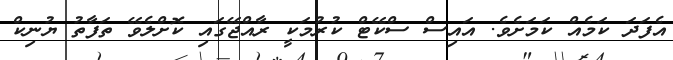
އެފަދަ ކަމެއް ކަމަށެވެ. އައިސް ސްކޭޓް ކުރުމަކީ ރާއްްޖޭގައި ކޮށްލެވޭ ތަފާތު ޔުނިކް